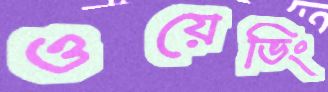
ওয়েভিং